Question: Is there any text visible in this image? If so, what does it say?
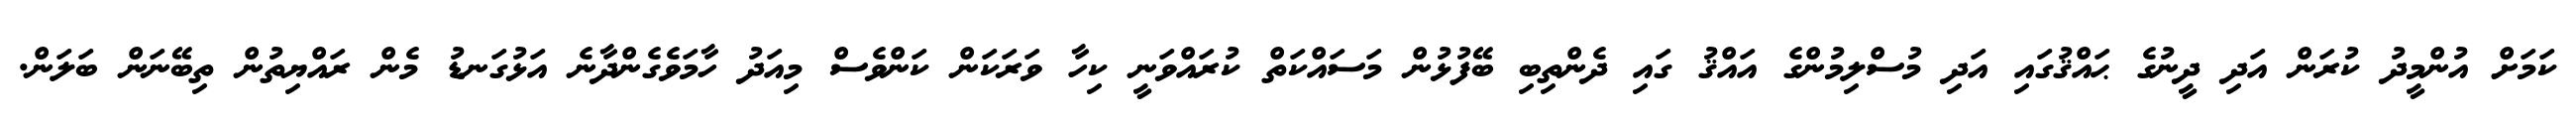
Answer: ކަމަށް އުންމީދު ކުރަން އަދި ދީނުގެ ޙައްޤުގައި އަދި މުސްލިމުންގެ އައްޤު ގައި ދެންތިބި ބޭފުޅުން މަސައްކަތް ކުރައްވަނީ ކިހާ ވަރަކަން ކަންވެސް މިއަދު ހާމަވެގެންދާނެ އަޅުގަނޑު މެން ރައްޔިތުން ތިބޭނަން ބަލަން.